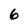
Character: 6